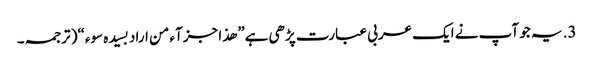
3. یہ جو آپ نے ایک عربی عبارت پڑھی ہے” ھذا جزآء من اراد بسیدہ سوء“( ترجمہ۔